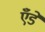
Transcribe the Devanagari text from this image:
एँडे